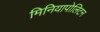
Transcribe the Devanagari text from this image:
मिनियापोलिटन